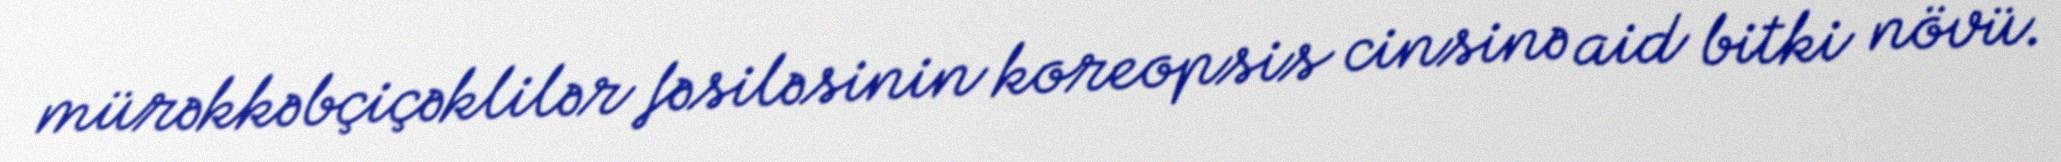
mürəkkəbçiçəklilər fəsiləsinin koreopsis cinsinə aid bitki növü.